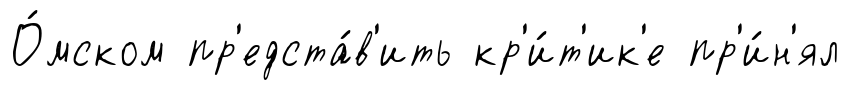
О́мском пр'едста́в'ить кр'и́т'ик'е пр'и́н'ял